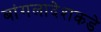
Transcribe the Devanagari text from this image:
बांगलादेशकडे